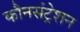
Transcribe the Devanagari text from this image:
कौनसंट्रेशन